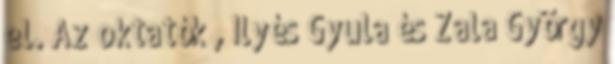
el. Az oktatók , Ilyés Gyula és Zala György